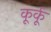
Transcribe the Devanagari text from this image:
कूर्कू